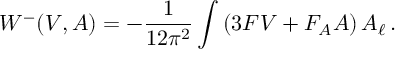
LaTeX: W ^ { - } ( V , A ) = - \frac { 1 } { 1 2 \pi ^ { 2 } } \int \left( 3 F V + F _ { A } A \right) A _ { \ell } \, .